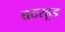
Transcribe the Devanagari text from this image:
ब्रदरहूड